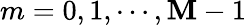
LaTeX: m=0,1,\cdots,\mathbf{M}-1